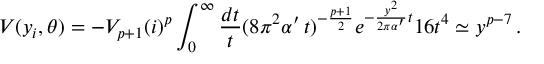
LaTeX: V ( y _ { i } , \theta ) = - V _ { p + 1 } ( i ) ^ { p } \int _ { 0 } ^ { \infty } \frac { d t } { t } ( 8 \pi ^ { 2 } \alpha ^ { \prime } \, t ) ^ { - \frac { p + 1 } { 2 } } e ^ { - \frac { y ^ { 2 } } { 2 \pi \alpha ^ { \prime } } t } 1 6 t ^ { 4 } \simeq y ^ { p - 7 } \, .